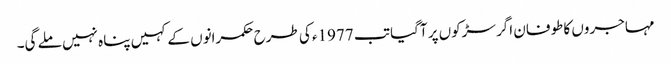
مہاجروں کا طوفان اگر سڑکوں پر آگیا تب 1977ء کی طرح حکمرانوں کے کہیں پناہ نہیں ملے گی۔